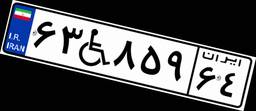
۶۳W۸۵۹۶۴